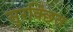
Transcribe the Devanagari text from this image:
सुरक्छित